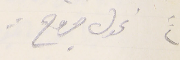
٢" نحول جروح